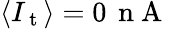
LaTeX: \langle I_{\mathrm{~t~}}\rangle=0\, \mathrm{~n~A~}